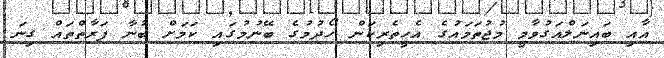
އާއި ބައިނަލްއަގުވާމީ މުޖުތަމައުގެ އެހީތެރިކަން ހޯދުމުގެ ބޭނުމުގައި ކަމަށް ބުނާ ފަރާތްތައް ގިނަ